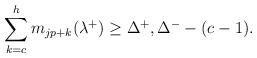
LaTeX: \begin{align*}\sum_{k=c}^{h}m_{jp+k}(\lambda^+)\geq\Delta^{+},\Delta^{-}-(c-1).\end{align*}